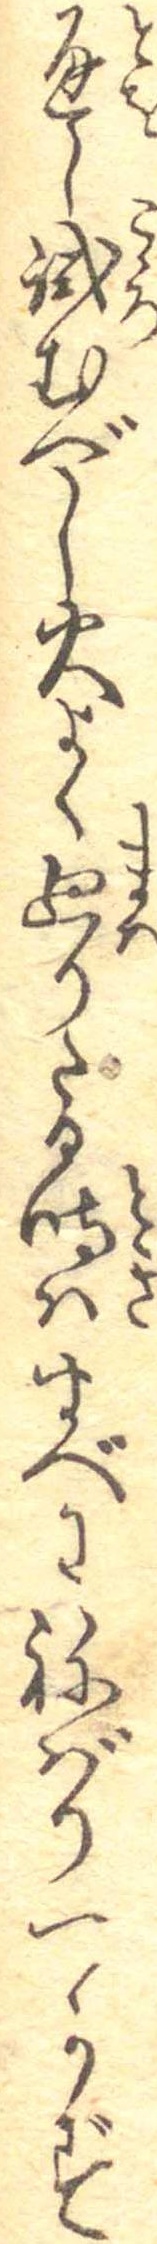
通し試むべし火よく廻りたる時はすべはねばりつかず